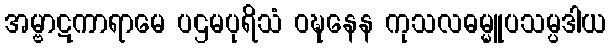
အမ္ဗာဋကာရာမေ ပဌမပုရိသံ ဝဍ္ဎနေန ကုသလဓမ္မူပသမ္ပဒါယ